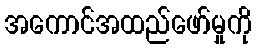
အကောင်အထည်ဖော်မှုကို